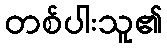
တစ်ပါးသူ၏